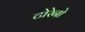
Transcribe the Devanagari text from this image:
टोरेनो